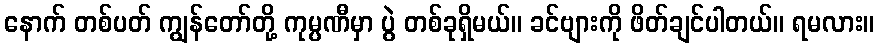
နောက် တစ်ပတ် ကျွန်တော်တို့ ကုမ္ပဏီမှာ ပွဲ တစ်ခုရှိမယ်။ ခင်ဗျားကို ဖိတ်ချင်ပါတယ်။ ရမလား။